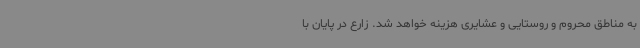
به مناطق محروم و روستایی و عشایری هزینه خواهد شد. زارع در پایان با